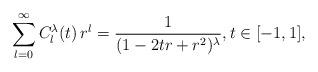
LaTeX: \begin{align*}\sum_{l=0}^\infty C_l^\lambda(t)\,r^l=\frac{1}{(1-2tr+r^2)^\lambda},t\in[-1,1],\end{align*}